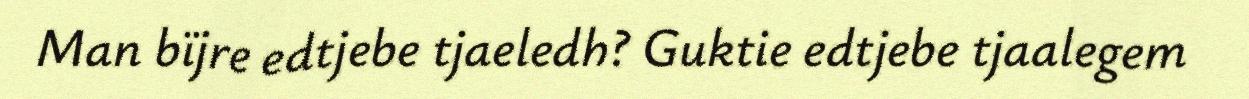
Man bïjre edtjebe tjaeledh? Guktie edtjebe tjaalegem